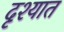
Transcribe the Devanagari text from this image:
दृश्यात